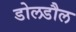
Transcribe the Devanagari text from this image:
डोलडौल